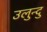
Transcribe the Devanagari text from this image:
उलुन्दु